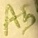
Text: A5